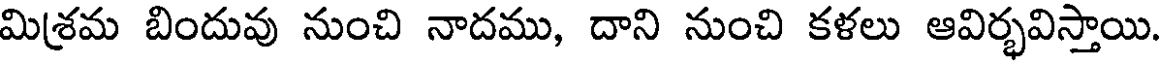
మిశ్రమ బిందువు నుంచి నాదము, దాని నుంచి కళలు ఆవిర్భవిస్తాయి.